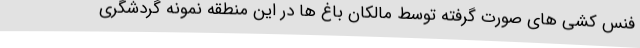
فنس کشی های صورت گرفته توسط مالکان باغ ها در این منطقه نمونه گردشگری